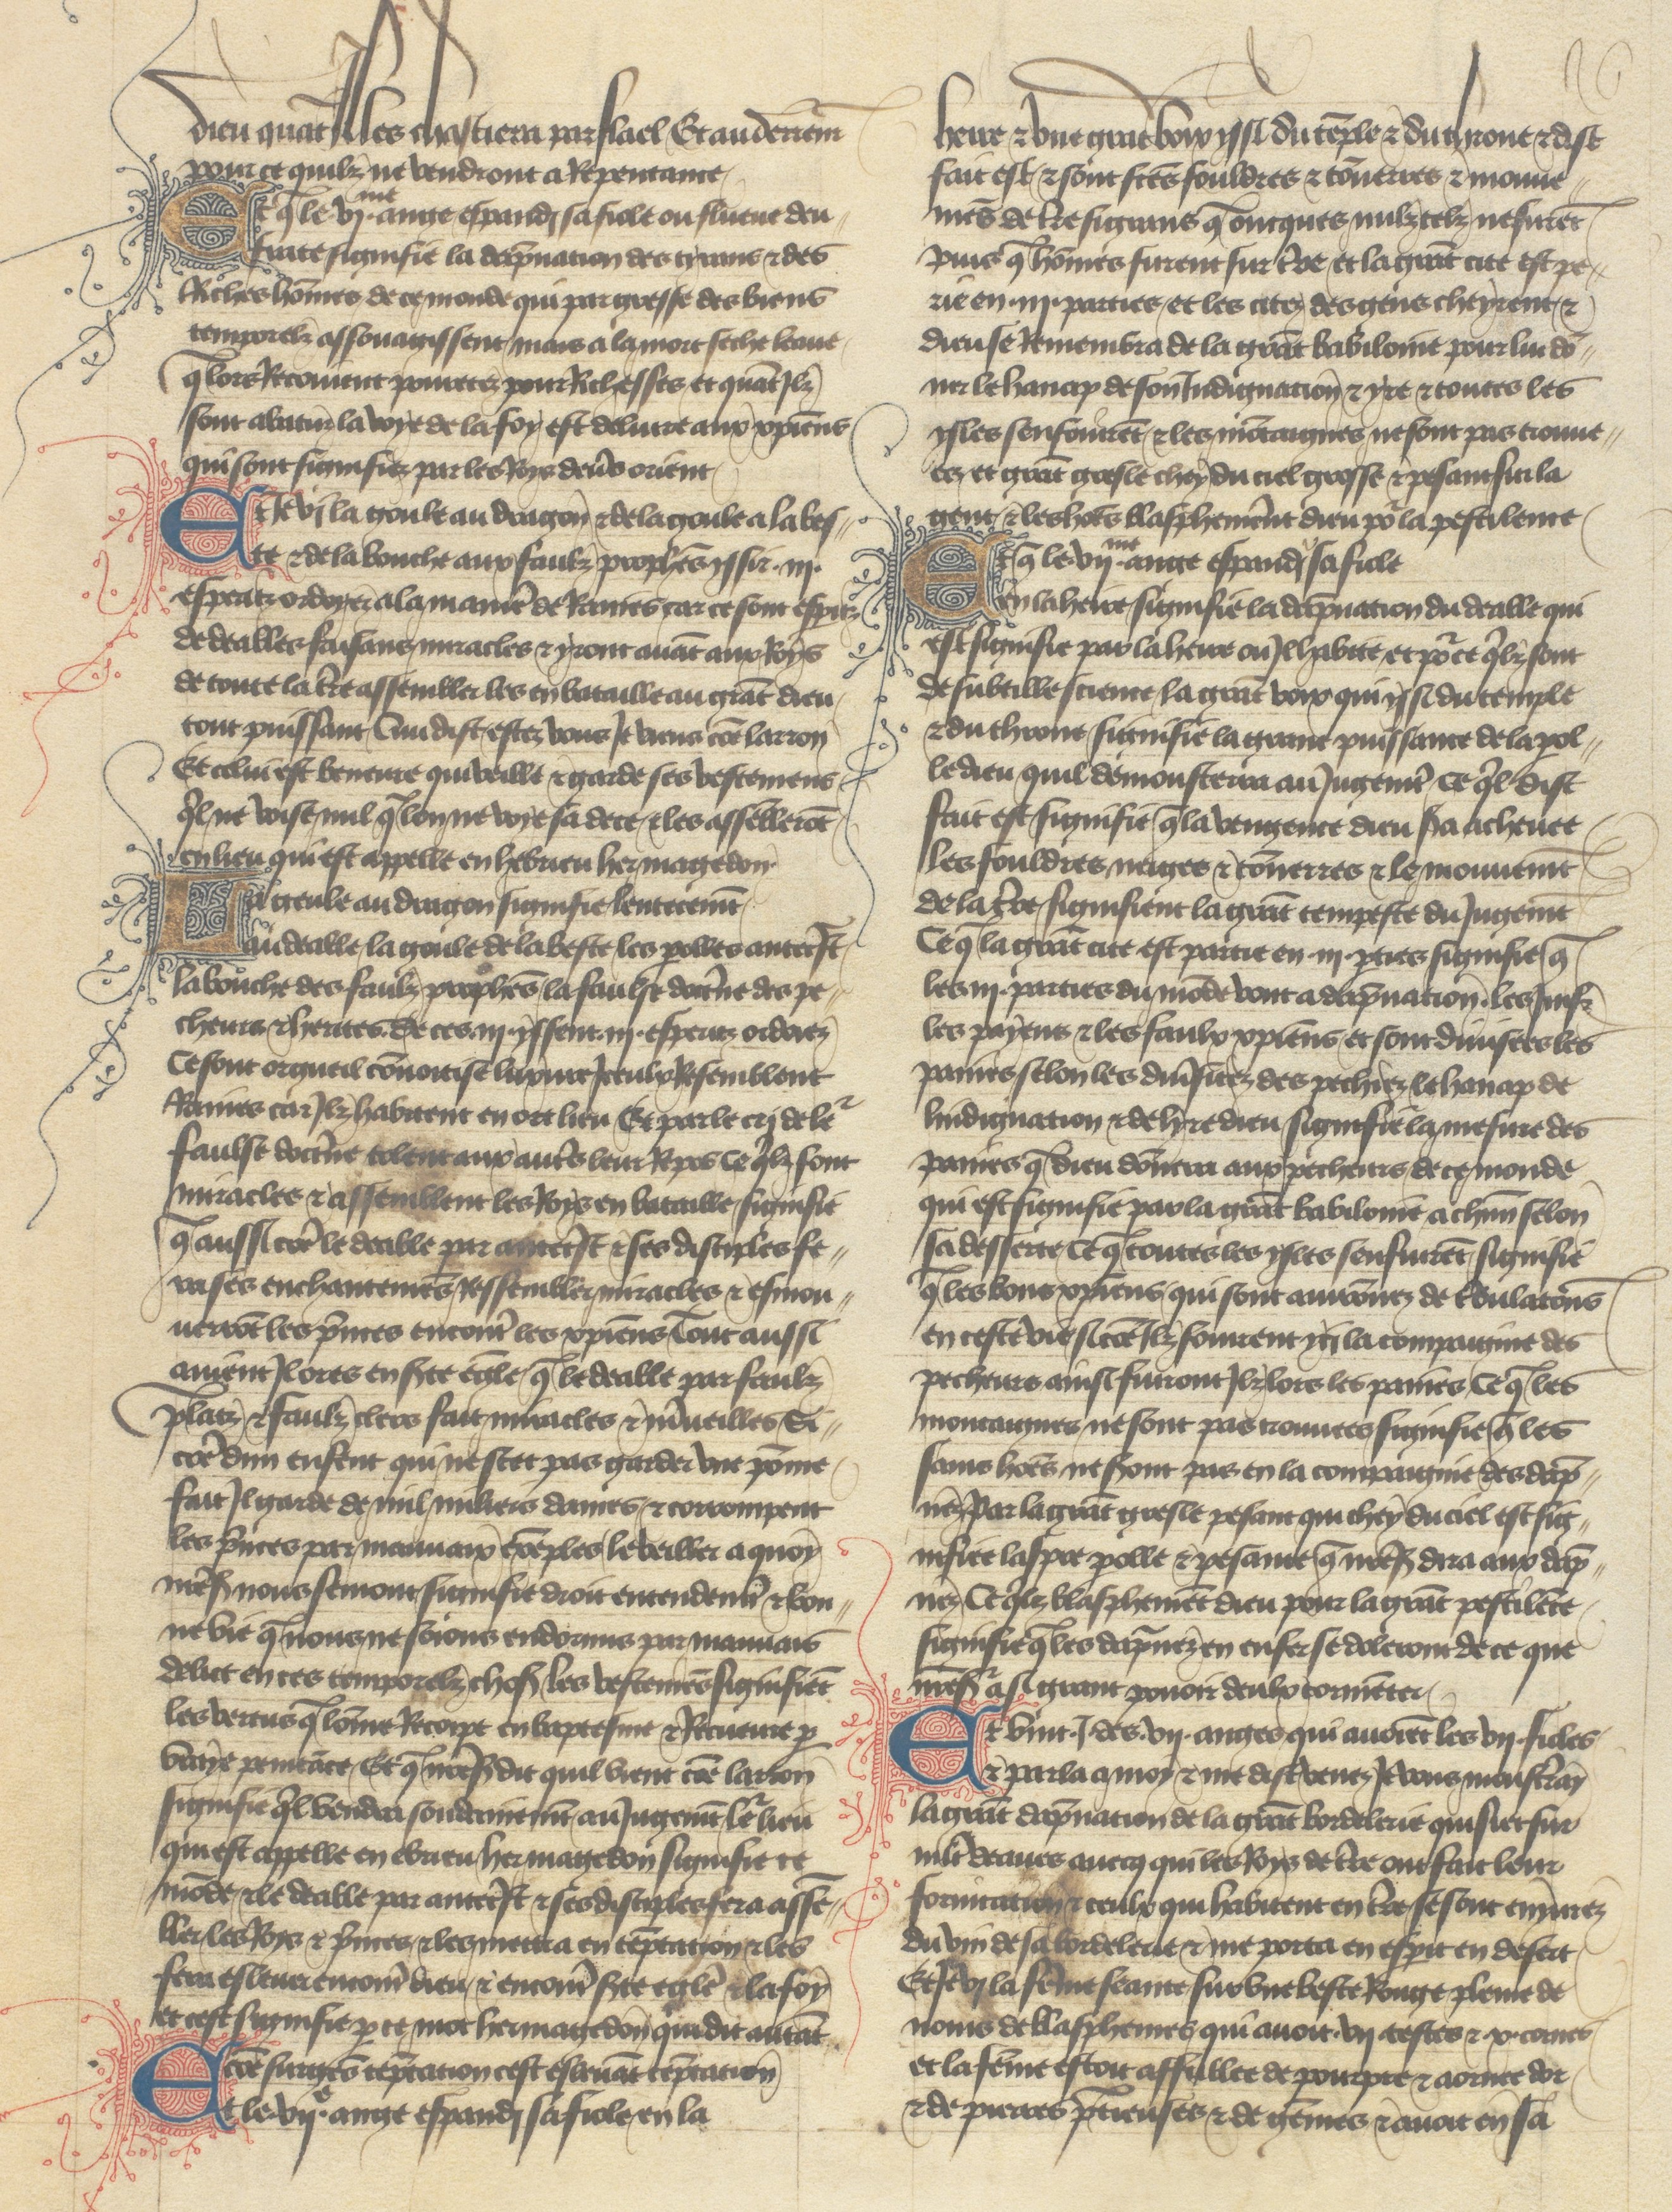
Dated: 1400–1450